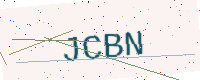
Text: JCBN